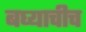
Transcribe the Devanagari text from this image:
बघ्याचीच